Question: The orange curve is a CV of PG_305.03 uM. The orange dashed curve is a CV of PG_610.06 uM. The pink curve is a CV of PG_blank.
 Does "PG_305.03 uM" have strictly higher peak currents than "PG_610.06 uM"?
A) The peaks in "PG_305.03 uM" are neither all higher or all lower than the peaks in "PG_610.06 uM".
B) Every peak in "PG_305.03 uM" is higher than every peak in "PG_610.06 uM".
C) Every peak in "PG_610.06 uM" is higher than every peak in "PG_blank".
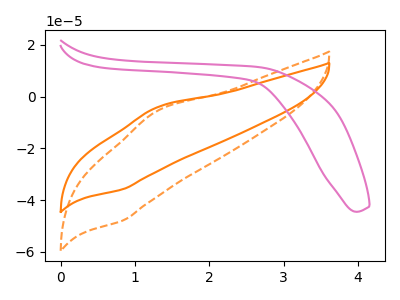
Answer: <think>The orange curve "PG_305.03 uM" has an anodic peak at (1.30V, -4.15uA) and a cathodic peak at (0.85V, -35.85uA). The orange dashed curve "PG_610.06 uM" has an anodic peak at (1.30V, -5.55uA) and a cathodic peak at (0.85V, -47.95uA). The pink curve "PG_blank" has no peaks.</think>
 <answer>A) The peaks in "PG_305.03 uM" are neither all higher or all lower than the peaks in "PG_610.06 uM".</answer>
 <eval>A</eval>